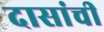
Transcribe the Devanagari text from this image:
दासांची